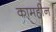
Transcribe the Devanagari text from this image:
कामहीन